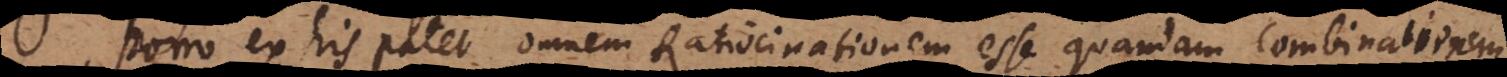
Porro ex his patet, omnem Ratiocinationem esse quandam combinationem